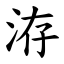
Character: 洊